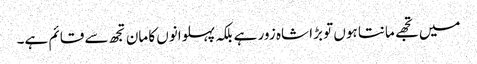
میں تجھے مانتا ہوں تو بڑا شاہ زور ہے بلکہ پہلوانوں کا مان تجھ سے قائم ہے۔